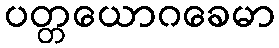
ပတ္တယောဂခေမာ